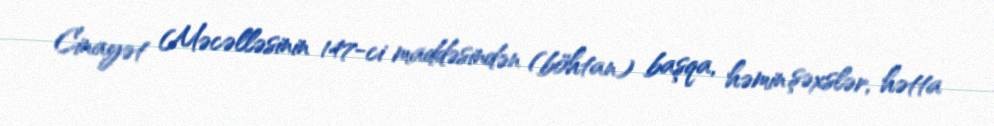
Cinayət Məcəlləsinin 147-ci maddəsindən (böhtan) başqa, həmin şəxslər, hətta